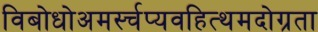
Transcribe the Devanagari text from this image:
विबोधोअमर्स्चप्यवहित्थमदोग्रता